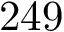
2 4 9